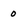
Character: 0